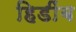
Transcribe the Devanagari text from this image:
हिडींब